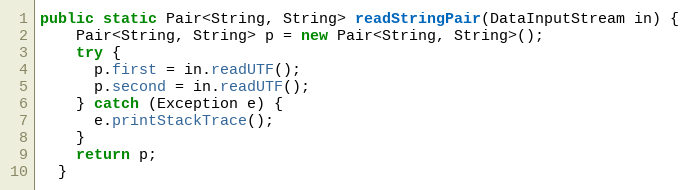
Language: Java
public static Pair<String, String> readStringPair(DataInputStream in) {
    Pair<String, String> p = new Pair<String, String>();
    try {
      p.first = in.readUTF();
      p.second = in.readUTF();
    } catch (Exception e) {
      e.printStackTrace();
    }
    return p;
  }